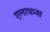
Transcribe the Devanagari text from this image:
एलायन्स